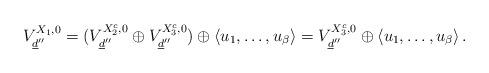
LaTeX: \begin{align*}V_{\underline{d}''}^{X_{1},0}=(V_{\underline{d}''}^{X_{2}^{c},0}\oplus V_{\underline{d}''}^{X_{3}^{c},0})\oplus \left\langle u_1,\ldots,u_{\beta}\right\rangle=V_{\underline{d}''}^{X_{3}^{c},0}\oplus \left\langle u_1,\ldots,u_{\beta}\right\rangle.\end{align*}